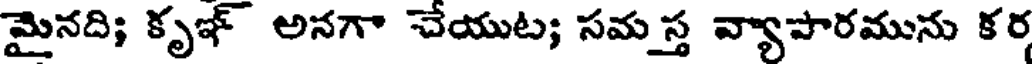
మైనది; కృఞ్ అనగా చేయుట; సమ స్త వ్యాపారమును కర